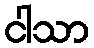
ငါသာ